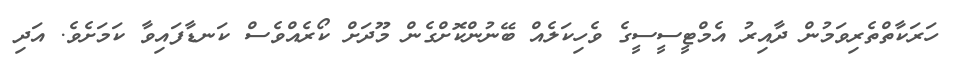
ހަރަކާތްތެރިވަމުން ދާއިރު އެމްޓީސީސީގެ ވެހިކަލެއް ބޭނުންކޮށްގެން މޫދަށް ކޯރެއްވެސް ކަނޑާފައިވާ ކަމަށެވެ. އަދި